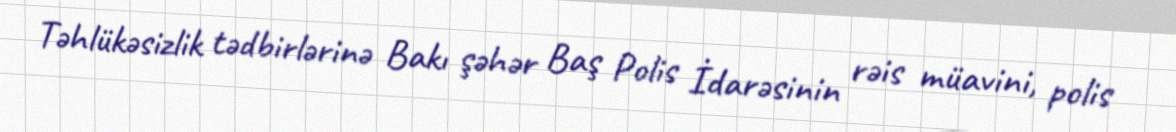
Təhlükəsizlik tədbirlərinə Bakı şəhər Baş Polis İdarəsinin rəis müavini, polis